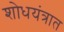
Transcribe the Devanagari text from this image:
शोधयंत्रात